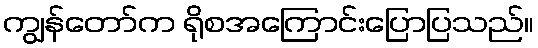
ကျွန်တော်က ရိုစအကြောင်းပြောပြသည်။